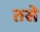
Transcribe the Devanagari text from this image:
तसेे